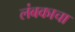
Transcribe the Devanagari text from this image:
लंबकाचा